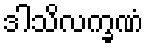
ဒါသိလက္ခဏံ